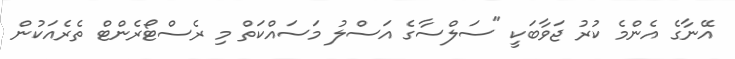
އޭނާގެ އެންމެ ކުރު ޖަވާބަކީ "ސަލްސާގެ އަސްލު މަސައްކަތް މި ރެސްޓޯރެންޓް ތެރެއަކުން